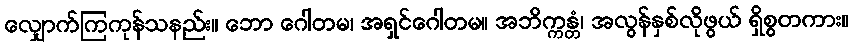
လျှောက်ကြကုန်သနည်း။ ဘော ဂေါတမ၊ အရှင်ဂေါတမ။ အဘိက္ကန္တံ၊ အလွန်နှစ်လိုဖွယ် ရှိစွတကား။